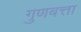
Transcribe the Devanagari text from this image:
गुणबत्ता